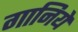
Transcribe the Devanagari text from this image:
गानिये